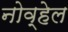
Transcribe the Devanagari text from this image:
नोव्हेल